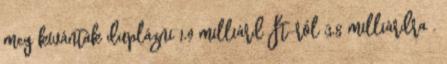
meg kívánták duplázni 1,9 milliárd Ft-ról 3,8 milliárdra .